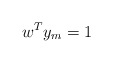
\begin{align*}w^{T}y_{m}=1 \end{align*}